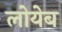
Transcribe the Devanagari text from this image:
लोयेब